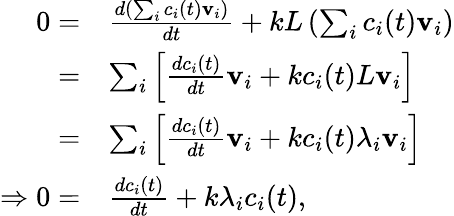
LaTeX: {\begin{array}{rl}{0=}&{{\frac{d\left(\sum_{i}c_{i}(t)\mathbf{v}_{i}\right)}{dt}}+kL\left(\sum_{i}c_{i}(t)\mathbf{v}_{i}\right)}\\ {=}&{\sum_{i}\left[{\frac{dc_{i}(t)}{dt}}\mathbf{v}_{i}+kc_{i}(t)L\mathbf{v}_{i}\right]}\\ {=}&{\sum_{i}\left[{\frac{dc_{i}(t)}{dt}}\mathbf{v}_{i}+kc_{i}(t)\lambda_{i}\mathbf{v}_{i}\right]}\\ {\Rightarrow 0=}&{{\frac{dc_{i}(t)}{dt}}+k\lambda_{i}c_{i}(t),}\end{array}}